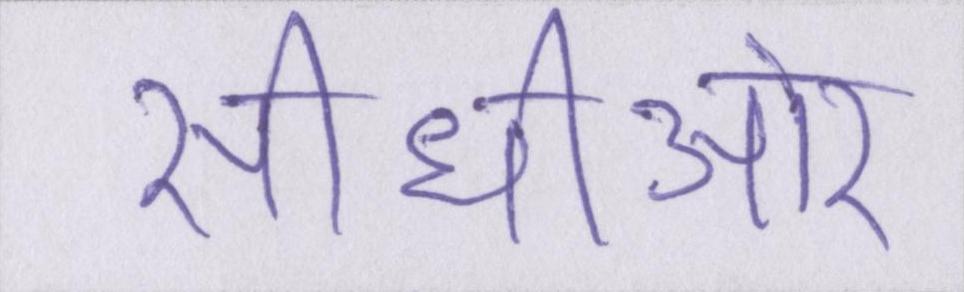
सीधीऔर